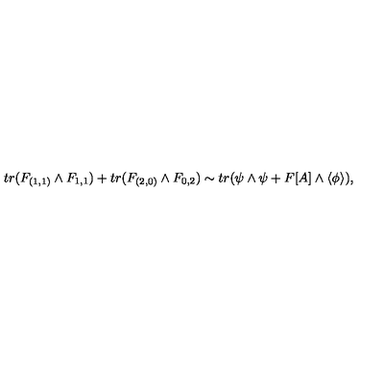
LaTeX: t r ( F _ { ( 1 , 1 ) } \wedge F _ { 1 , 1 } ) + t r ( F _ { ( 2 , 0 ) } \wedge F _ { 0 , 2 } ) \sim t r ( \psi \wedge \psi + F [ A ] \wedge \langle \phi \rangle ) ,